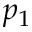
p _ { 1 }